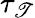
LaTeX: \tau_{\mathscr{T}}